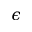
\epsilon